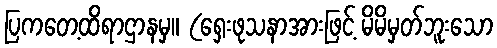
ပြကတေ့ထိရာဌာနမှ။ (ရှေးဖုသနာအားဖြင့် မိမိမှတ်ဘူးသော